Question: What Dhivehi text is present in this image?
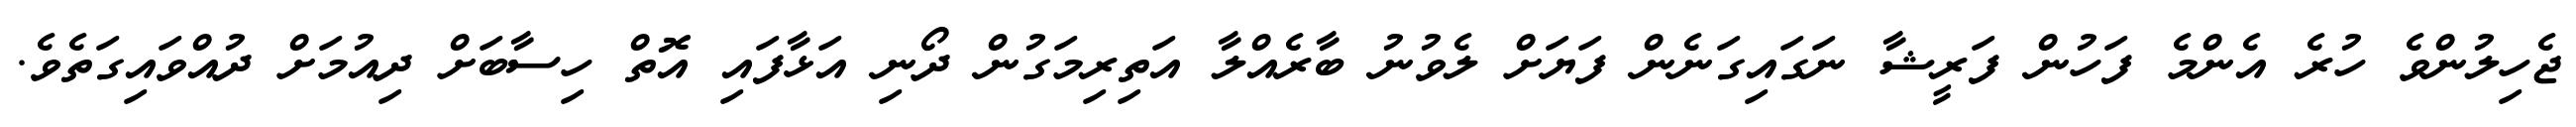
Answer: ޖެހިލުންވެ ހުރެ އެންމެ ފަހުން ފަރީޝާ ނަގައިގަނެން ފަޔަށް ލެވުނު ބާރެއްލާ އަތިރިމަގުން ދޯނި އަޅާފައި އޮތް ހިސާބަށް ދިއުމަށް ދުއްވައިގަތެވެ.